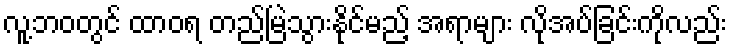
လူ့ဘဝတွင် ထာဝရ တည်မြဲသွားနိုင်မည့် အရာများ လိုအပ်ခြင်းကိုလည်း